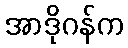
အာဒိုဂန်က